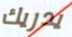
يدريك